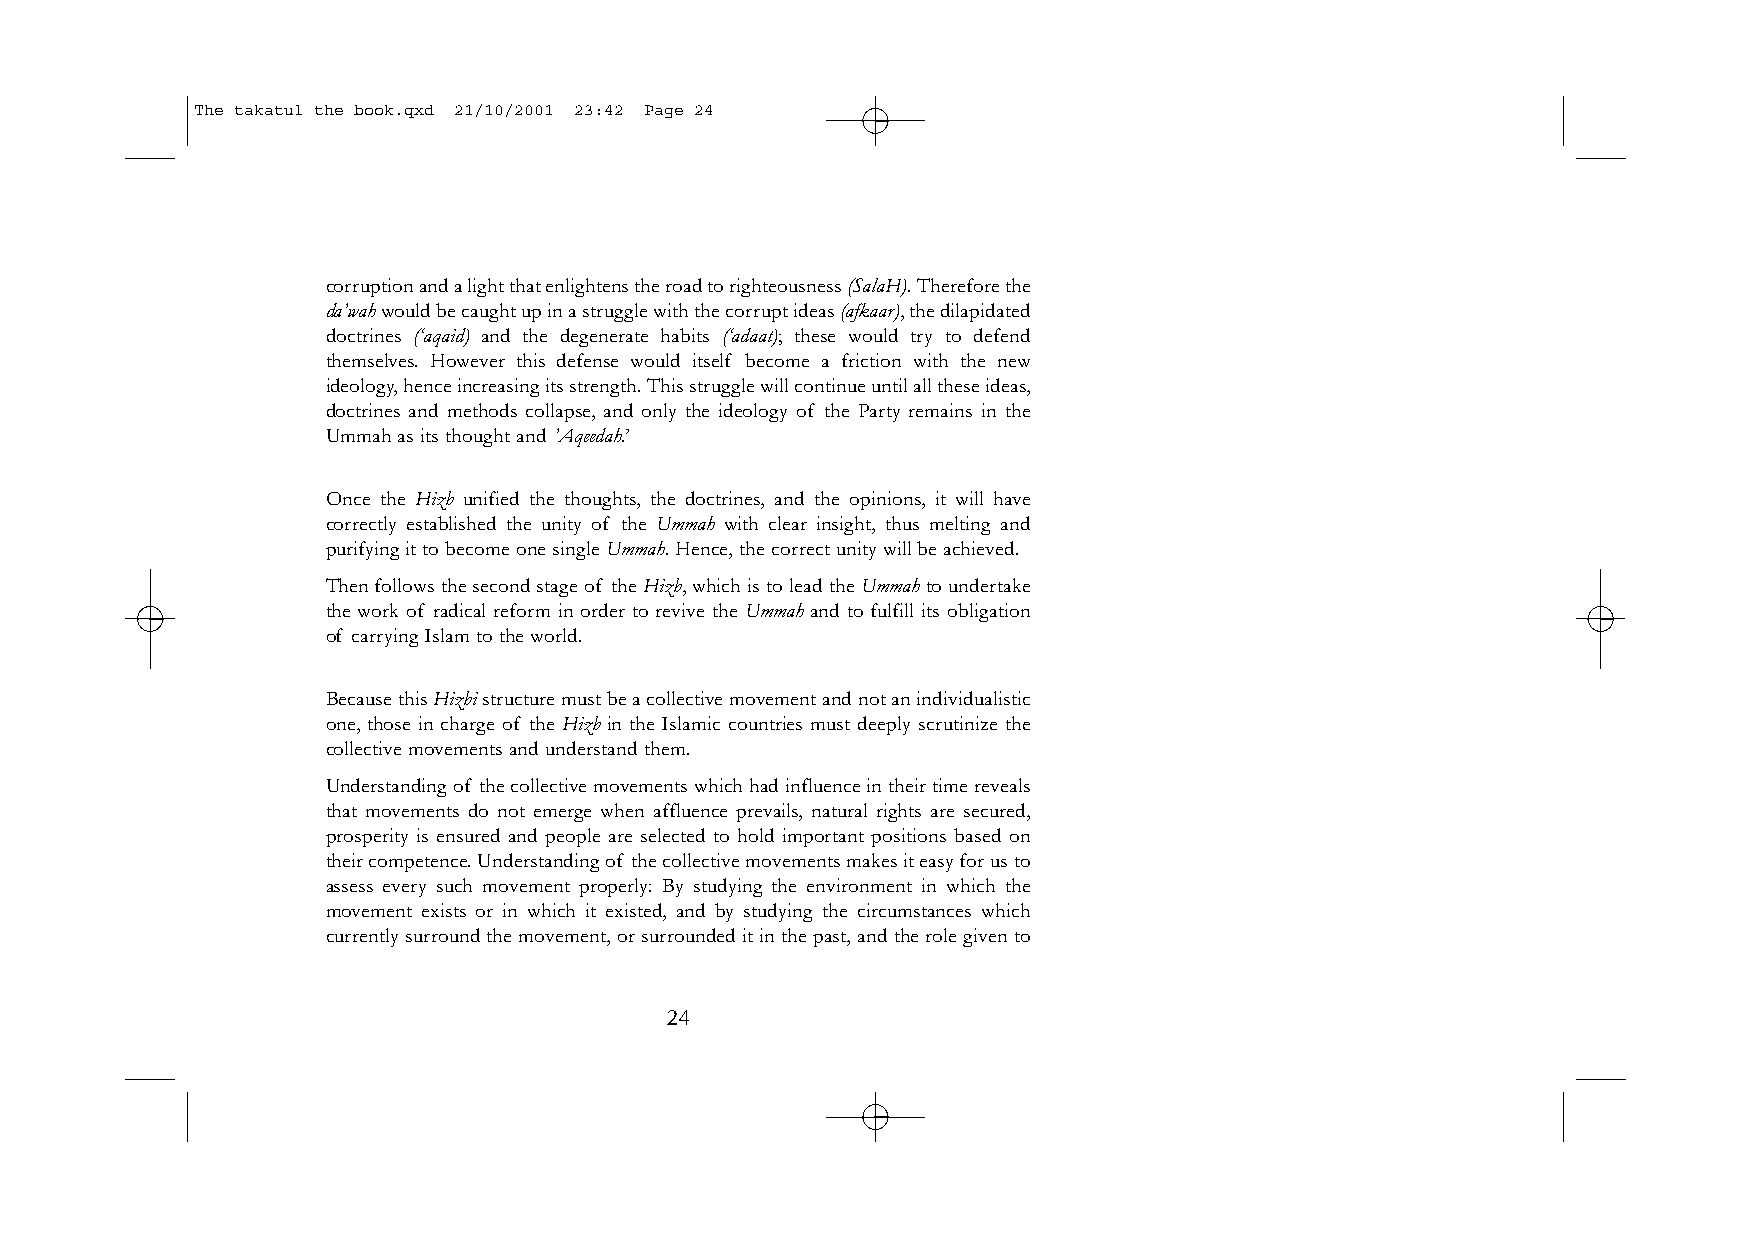
The takatul the book.qxd 21/10/2001 23:42 Page 24
 corruption and a light that enlightens the road to righteousness (SalaH). Therefore the
 da’wahwould be caught up in a struggle with the corrupt ideas (afkaar),the dilapidated
 doctrines (‘aqaid) and the degenerate habits (‘adaat); these would try to defend
 themselves. However this defense would itself become a friction with the new
 ideology,hence increasing its strength.This struggle will continue until all these ideas,
 doctrines and methods collapse, and only the ideology of the Party remains in the
 Ummah as its thought and ’Aqeedah.’
 Once the Hizb unified the thoughts, the doctrines, and the opinions, it will have
 correctly established the unity of the Ummah with clear insight, thus melting and
 purifying it to become one single Ummah.Hence,the correct unity will be achieved.
 Then follows the second stage of the Hizb,which is to lead the Ummahto undertake
 the work of radical reform in order to revive the Ummah and to fulfill its obligation
 of carrying Islam to the world.
 Because this Hizbistructure must be a collective movement and not an individualistic
 one, those in charge of the Hizb in the Islamic countries must deeply scrutinize the
 collective movements and understand them.
 Understanding of the collective movements which had influence in their time reveals
 that movements do not emerge when affluence prevails, natural rights are secured,
 prosperity is ensured and people are selected to hold important positions based on
 their competence.Understanding of the collective movements makes it easy for us to
 assess every such movement properly: By studying the environment in which the
 movement exists or in which it existed, and by studying the circumstances which
 currently surround the movement,or surrounded it in the past,and the role given to
 24